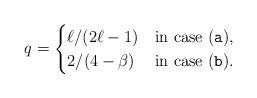
LaTeX: \begin{align*}q=\begin{cases}\ell/(2\ell-1) & \mbox{in case \rm (\texttt{a})}, \\2/(4-\beta)& \mbox{in case \rm (\texttt{b})}.\end{cases}\end{align*}